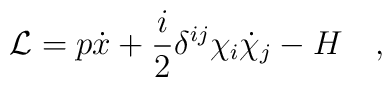
{\cal L}= p\dot x + {i\over2} \delta^{ij} \chi_i\dot\chi_j -H\quad,